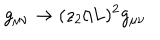
g _ { \mu \nu } \to ( z _ { 2 } / L ) ^ { 2 } g _ { \mu \nu }